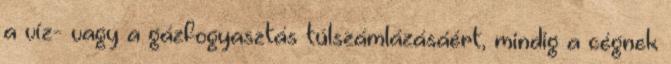
a víz- vagy a gázfogyasztás túlszámlázásáért, mindig a cégnek